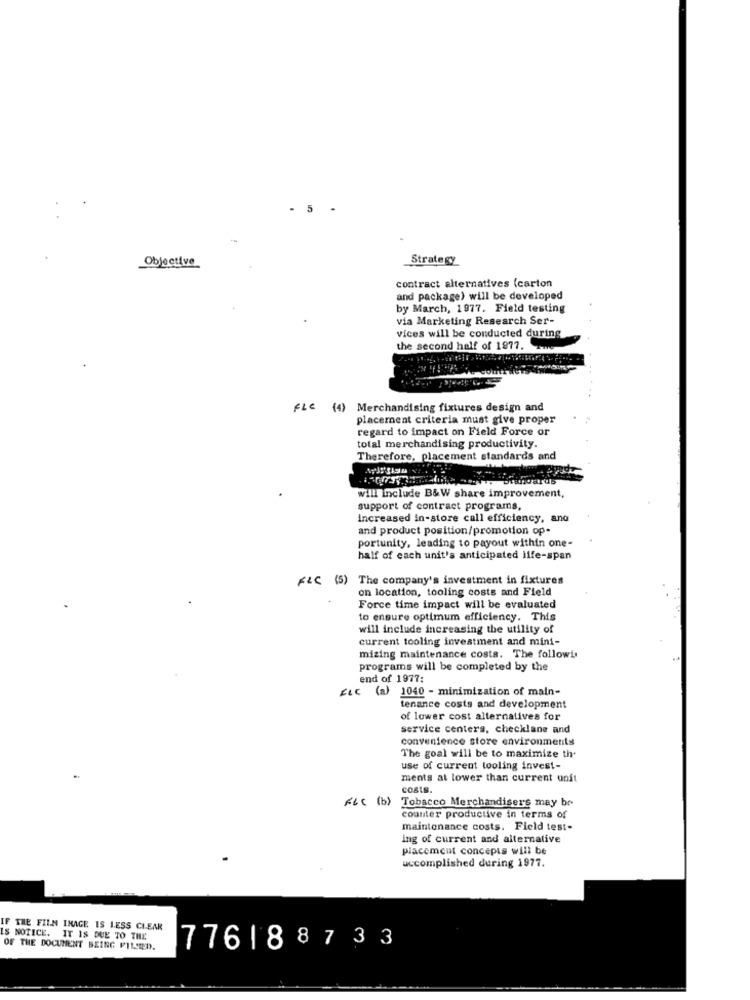
- 5
.
Objective
Strategy
contract alternatives (carton
and package) will be developed
by March, 1977. Field testing
via Marketing Research Ser-
vices will be conducted during
the second half of 1977.
FLC (4) Merchandising fixtures design and
placement criteria must give proper
regard to impact on Field Force or
total merchandising productivity.
Therefore, placement standards and
Dningarus
will Include B&W share improvement,
support of contract programs,
increased in-store call efficiency, and
and product position/promotion op-
portunity, leading to payout within one-
half of each unit's anticipated life-span
FLC (5) The company's investment in fixtures
on location, tooling costs and Field
Force time impact will be evaluated
to ensure optimum efficiency. This
will include increasing the utility of
current tooling investment and mini-
mizing maintenance costs. The followis
programs will be completed by the
end of 1977:
FLC (a) 1040 - minimization of main-
tenance costs and development
of lower cost alternatives for
service centers, checklane and
convenience store environments
The goal will be to maximize the
use of current tooling invest-
ments at lower than current unft
costs.
FtC (b) Tobacco Merchandiser's may be
counter productive in terms of
maintenance costs. Field test-
ing of current and alternative
placement concepts will be
uccomplished during 1977.
THE FILM IMAGE IS LESS CLEAR
NOTICE. IT IS DUE TO THE
OF THE DOCUMENT BEING FILSIED.
776188733